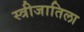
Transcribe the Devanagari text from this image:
स्त्रीजातिला